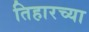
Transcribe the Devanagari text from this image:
तिहारच्या